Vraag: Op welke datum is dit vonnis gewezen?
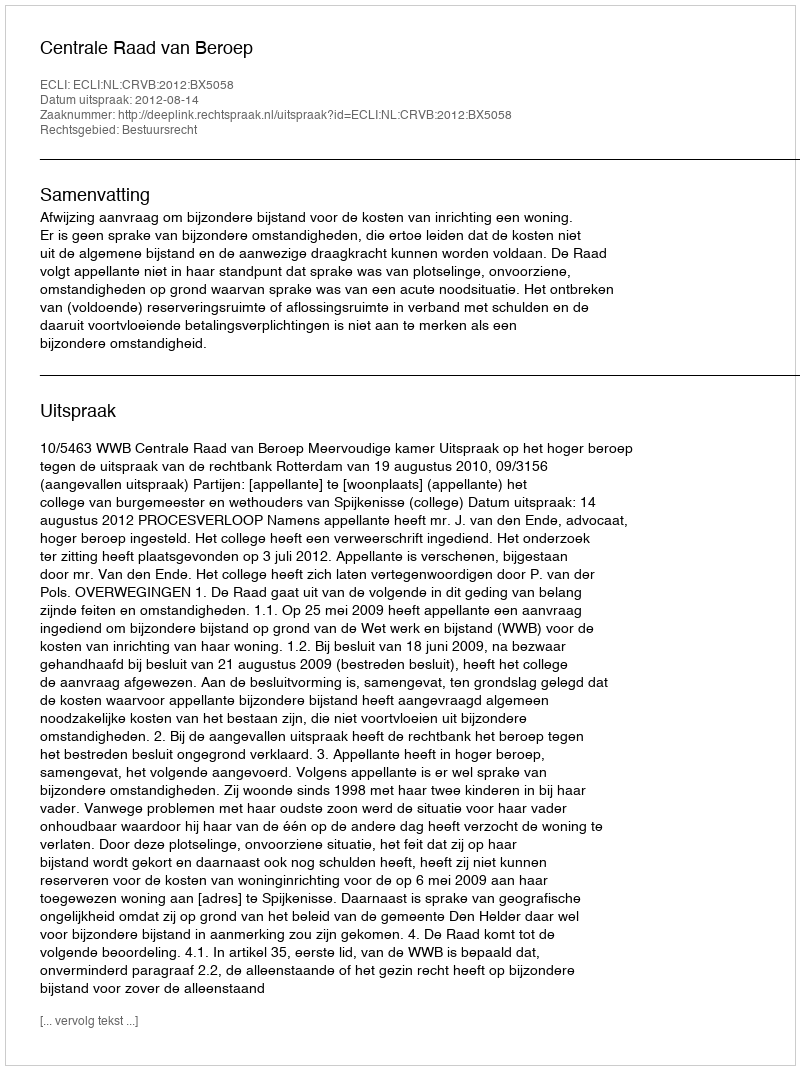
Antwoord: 2012-08-14